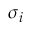
\sigma _ { i }